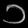
Digit: ၁